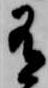
有